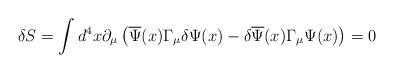
LaTeX: \begin{align*}\delta S=\int d^4x\partial _\mu \left( \overline{\Psi }(x)\Gamma _\mu \delta\Psi (x)-\delta \overline{\Psi }(x)\Gamma _\mu \Psi (x)\right) =0 \end{align*}